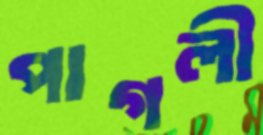
পাগলী